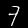
Digit: 7